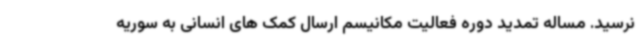
نرسید. مساله تمدید دوره فعالیت مکانیسم ارسال کمک های انسانی به سوریه